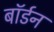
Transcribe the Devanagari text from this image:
बॉर्डन